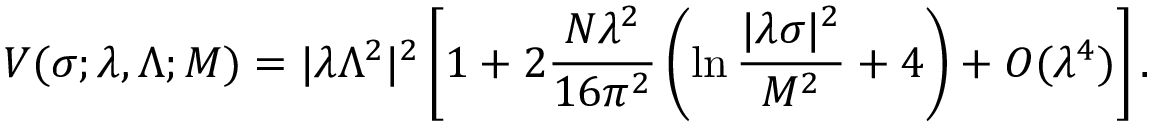
V ( \sigma ; \lambda , \Lambda ; M ) = | \lambda \Lambda ^ { 2 } | ^ { 2 } \left[ 1 + 2 \frac { N \lambda ^ { 2 } } { 1 6 \pi ^ { 2 } } \left( \ln \frac { | \lambda \sigma | ^ { 2 } } { M ^ { 2 } } + 4 \right) + { \cal O } ( \lambda ^ { 4 } ) \right] .